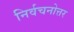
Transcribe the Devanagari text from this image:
निर्वचनोत्तर